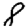
Digit: 8